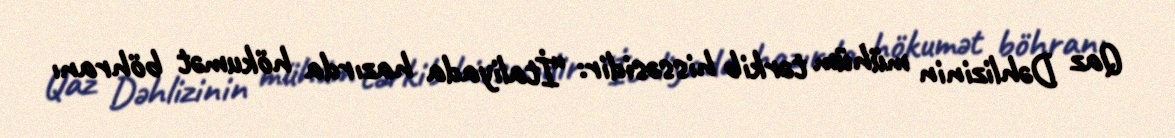
Qaz Dəhlizinin mühüm tərkib hissəsidir: “İtaliyada hazırda hökumət böhranı